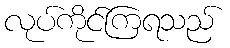
လုပ်ကိုင်ကြရသည်